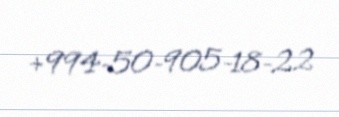
+994-50-905-18-22